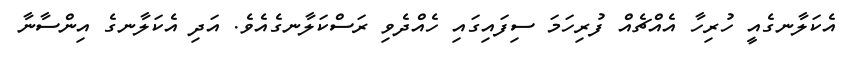
އެކަލާނގެއީ ހުރިހާ އެއްޗެއް ފުރިހަމަ ސިފައިގައި ހެއްދެވި ރަސްކަލާނގެއެވެ. އަދި އެކަލާނގެ އިންސާނާ